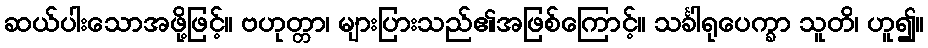
ဆယ်ပါးသောအဖို့ဖြင့်။ ဗဟုတ္တာ၊ များပြားသည်၏အဖြစ်ကြောင့်။ သင်္ခါရုပေက္ခာ သူတိ၊ ဟူ၍။